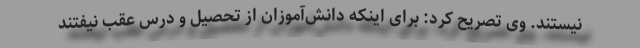
نیستند. وی تصریح کرد: برای اینکه دانش‌آموزان از تحصیل و درس عقب نیفتند